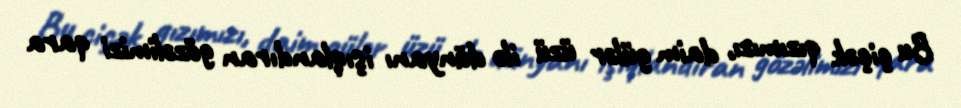
Bu çiçək qızımızı, daim gülər üzü ilə dünyanı işıqlandıran gözəlimizi qara